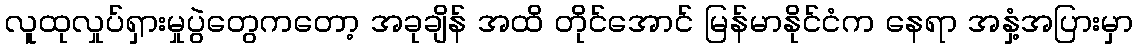
လူထုလှုပ်ရှားမှုပွဲတွေကတော့ အခုချိန် အထိ တိုင်အောင် မြန်မာနိုင်ငံက နေရာ အနှံ့အပြားမှာ